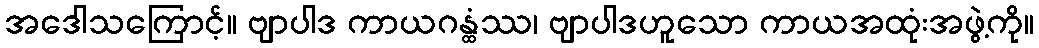
အဒေါသကြောင့်။ ဗျာပါဒ ကာယဂန္ထံဿ၊ ဗျာပါဒဟူသော ကာယအထုံးအဖွဲ့ကို။